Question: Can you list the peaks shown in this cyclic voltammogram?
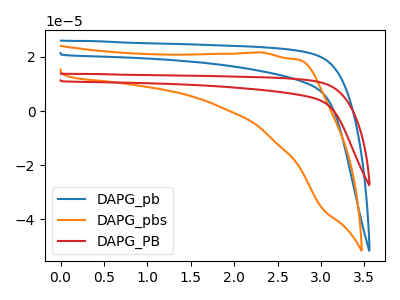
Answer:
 <answer>The blue curve "DAPG_pb" has no peaks. The orange curve "DAPG_pbs" has no peaks. The red curve "DAPG_PB" has no peaks.</answer>
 <eval></eval>